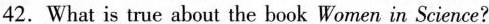
42. What is true abeat the bank Wamen in Sciemoe?